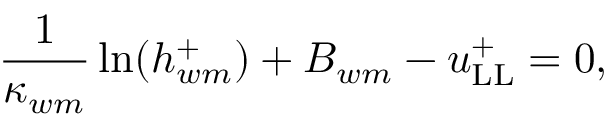
\frac { 1 } { \kappa _ { w m } } \ln ( h _ { w m } ^ { + } ) + B _ { w m } - u _ { \mathrm { L L } } ^ { + } = 0 ,